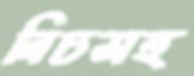
নিচসহ